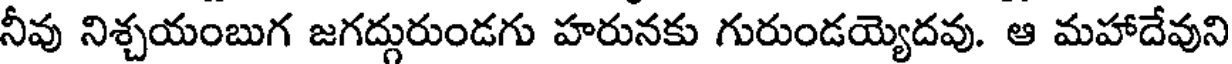
నీవు నిశ్చయంబుగ జగద్గురుండగు హరునకు గురుండయ్యెదవు. ఆ మహాదేవుని